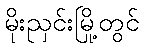
မိုးညှင်းမြို့တွင်